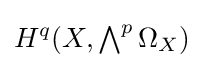
H^{q}(X,\textstyle \bigwedge ^{p}\Omega _{X})